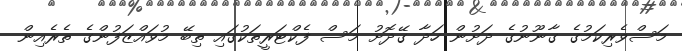
މަސްވެރިކަމުގެ ގާނޫނުގެ ދަށުން ހަދާ ގޭދޮށު މަސް ފެކްޓަރީތަކުގައި ތިބޭ މުވައްޒަފުންގެ ތެރެއިން